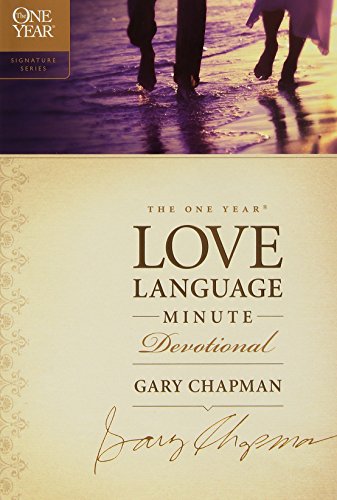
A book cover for The One Year Love Language Minute Devotional (The One Year Signature Series); Gary Chapman; Christian Books & Bibles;